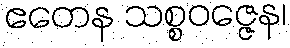
ဧတေန သစ္စဝဇ္ဇေန၊